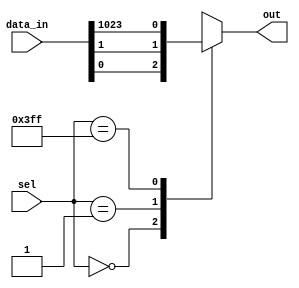
module mux_1024_1 (
    input [1023:0] data_in,
    input [9:0] sel,
    output reg out
);

always @(*) begin
    case(sel)
        10'h000: out = data_in[0];
        10'h001: out = data_in[1];
        // Continue for each input line
        10'h3FF: out = data_in[1023];
        default: out = 1'bx; // If selection signal is invalid
    endcase
end

endmodule